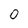
Character: O